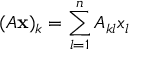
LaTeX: ( A { \mathbf { x } } ) _ { k } = \sum _ { l = 1 } ^ { n } A _ { k l } x _ { l }